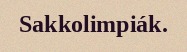
Sakkolimpiák.